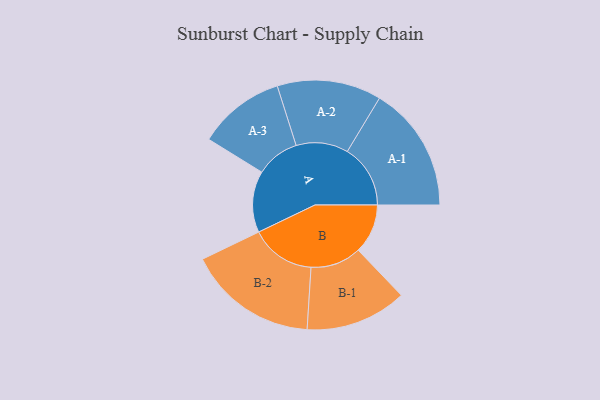
{"axis": {"x": "Segment", "y": "Value"}, "legend": ["", "A", "B"], "data": [{"x": "A", "y": 258, "type": ""}, {"x": "B", "y": 208, "type": ""}, {"x": "A-1", "y": 265, "type": "A"}, {"x": "A-2", "y": 219, "type": "A"}, {"x": "A-3", "y": 183, "type": "A"}, {"x": "B-1", "y": 213, "type": "B"}, {"x": "B-2", "y": 273, "type": "B"}]}